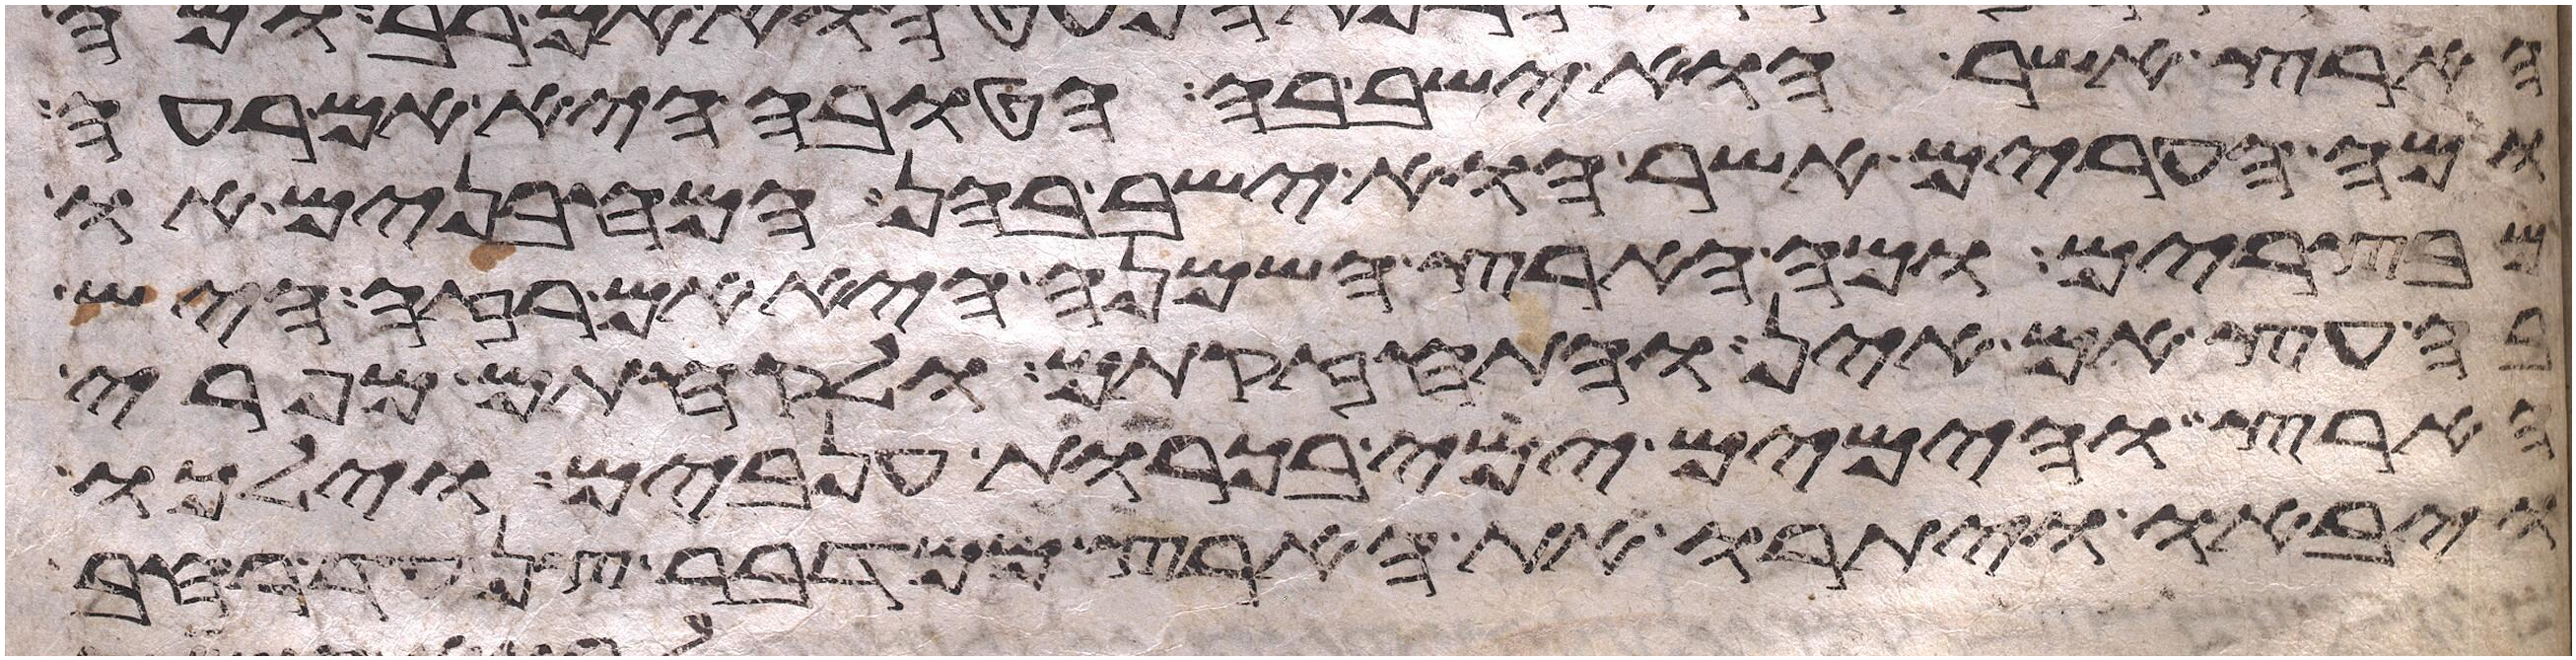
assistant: הארץ אשר הוא ישב בה הטובה היא אם רעה
ומה הערים אשר הוא ישב בהן המבחנים או
מבצרים ומה הארץ השמנה היא אם רזה היש
בה עץ אם אין והתחזקתם ולקחתם מפרי
הארץ והימים ימי בכורת ענבים וילכו
ויבאו ויתורו את הארץ ממדבר צן עד רחב